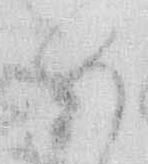
め